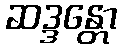
ဆဒ္ဒန္တော